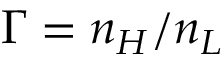
\Gamma = n _ { H } / n _ { L }